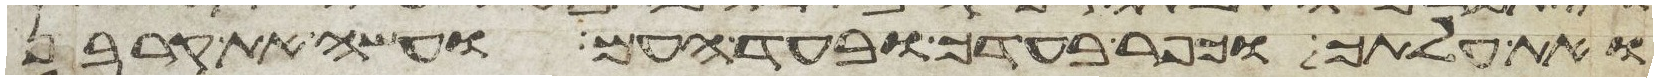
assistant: ואת עלתך וכפר בעדך ובעד העם ועשה את קרבן